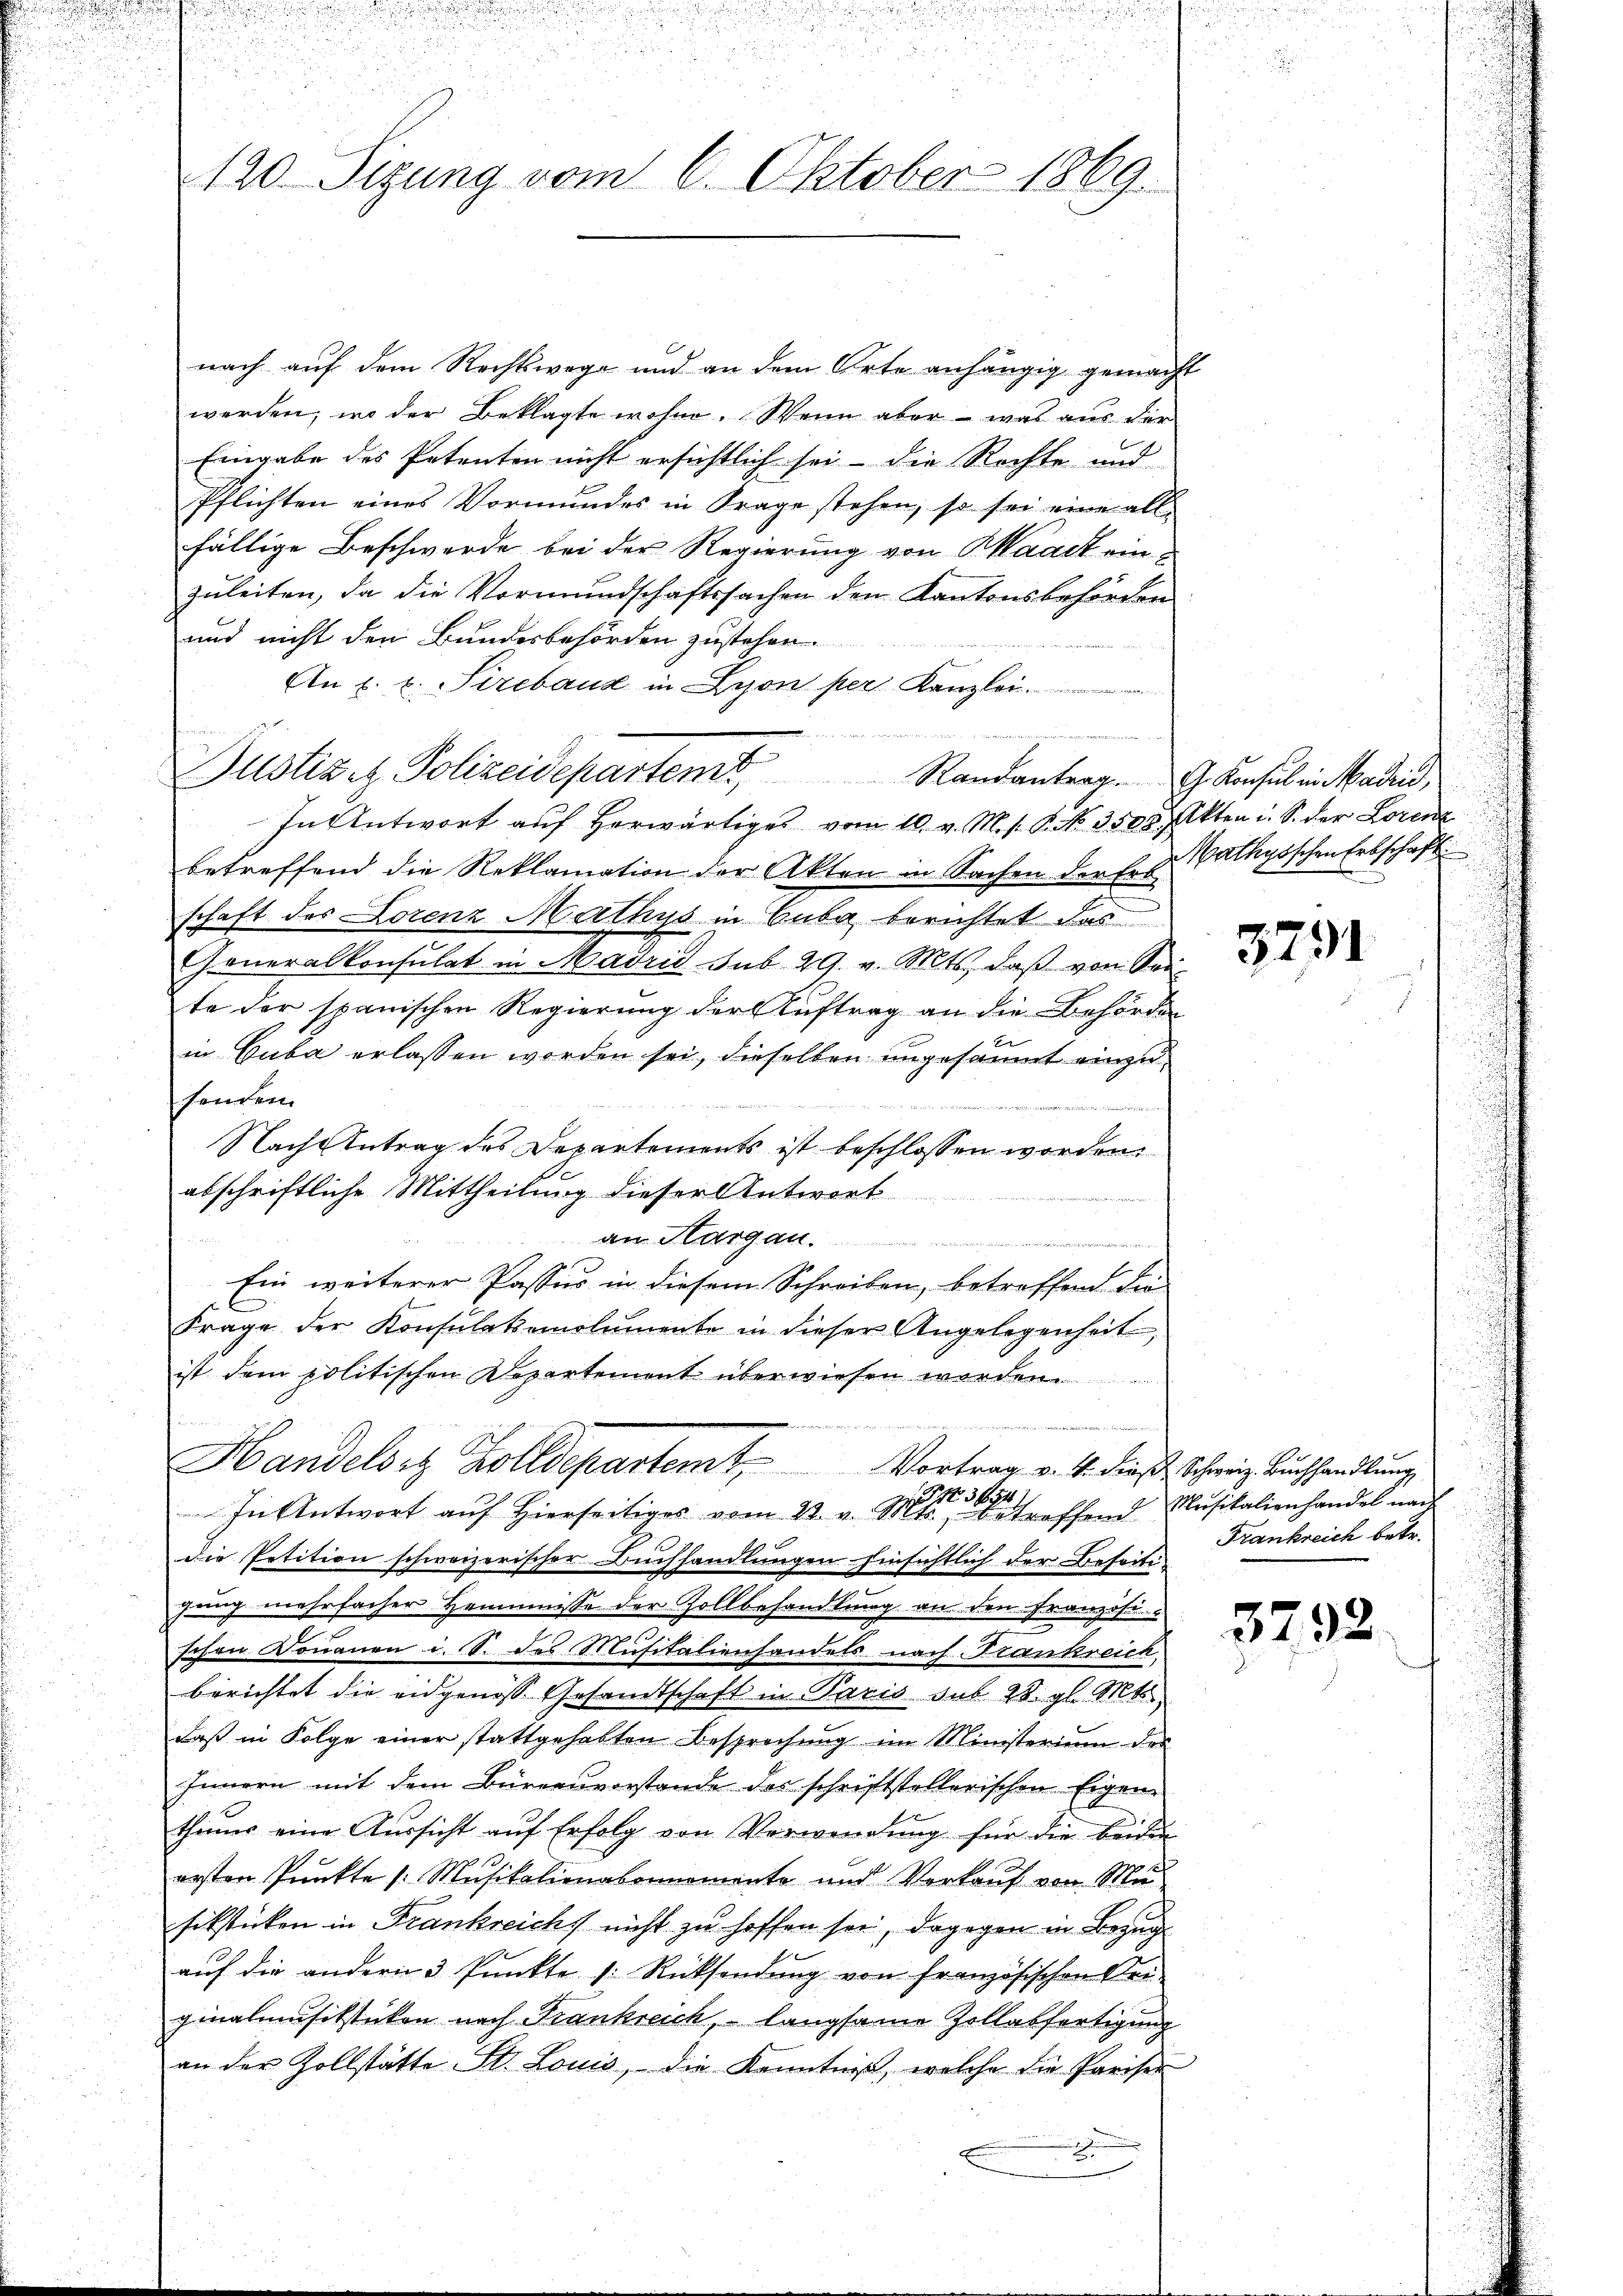
120. Sizung vom 6. Oktober 1869.

nach auf dem Rechtswege und an dem Orte anhängig gemacht
werden, in der Beklagte wohne. Wenn aber - was aus der
Eingabe des Petenten nicht ersichtlich sei – die Rechte und
Pflichten eines Vormundes in Frage stehen, so sei eine all-
fällige Beschwerde bei der Regierung von Waadt einzuleiten, da die Vormundschaftssachen den Kantonsbehörden
und nicht den Bundesbehörden zustehen.
An E. E. Pirebaus in Lyon per Kanzlei
dann vorge u. die ich seine nicht eine
Justiz u. Polizeidepartem Randantrag. Konsul in Madrid,
In Antwort aŭf herwärtiges vom 10. v. M. s. S. No. 3500 Akten i. S. der Lorenz
betreffend die Reklamation der Akten in Sachen der Erde Mathysschen Erbschaft
schaft des Lorenz Mathys in Guba berichtet das
Generalkonsulat in Madrid sub 29. v. Mts. daβ von Sei
te der spanischen Regierŭng der Aŭftrag an die Behörden
in Gabe erlassen worden sei, dieselben ungesäumt einzuhenden
Nach Antrag des Departements ist beschlossen worden.
abschriftliche Mittheilung dieser Antwort
ierga

an Hargau.
Ein weiterer Passus in diesem Schreiben, betreffend die
Frage der Konsŭlakemolumente in dieser Angelegenheit,
ist dem politischen Departement überwiesen werden.
Handelst Zolldepartem Vortrag v. 4. dieß scheine Aushandlung
In Antwort auf Hierseitiges vom 22. v. M. betreffend Musikalienhandel nach
die Petition schweizerischer Buchhandlungen hinsichtlich der Besorti-
gung mehrfacher Hemmnisse der Zollbehandlung an den Französi
schen Donauen i. S. des Musitalienhandels nach Frankreich
berichtet die eidgenosse Gesandtschaft in Paris sub 28. gl. Mts.,
daß in Folge einer stattgehabten Besprechung im Ministerium des
Innern mit dem Bürgenvorstande der schriftstellerischen Eigenthin eine Aŭssicht aŭf Erfolg von Verwendŭng für die beiden
ersten Punkte Musikalienabonnemente und Verkauf von Mu
siksticken in Frankreichs nicht zu hoffen sei, dagegen in Bezug
aŭf die andern 3 Pŭnkte s. Rücksendŭng von französischen Sei-
ginalmusiksticken nach Frankreich, langsame Zollabfertigung
an der Zollstätte St. Louis, die Kenntniß, welche die Pariser

u

3791

Frankreich betr.

3792